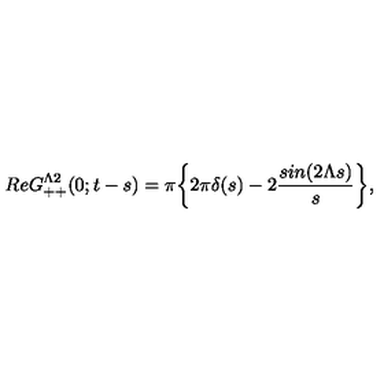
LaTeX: R e G _ { + + } ^ { \Lambda 2 } ( 0 ; t - s ) = \pi \bigg \{ 2 \pi \delta ( s ) - 2 { \frac { s i n ( 2 \Lambda s ) } { s } } \bigg \} ,